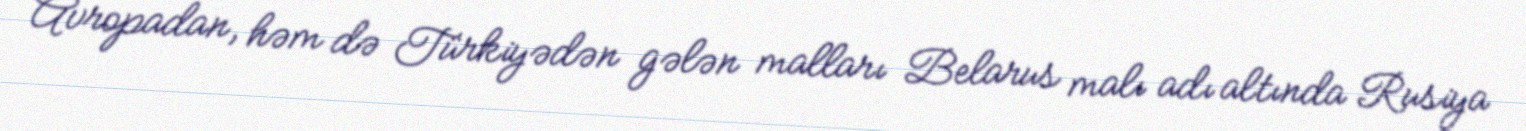
Avropadan, həm də Türkiyədən gələn malları Belarus malı adı altında Rusiya